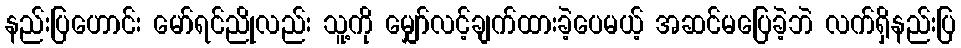
နည်းပြဟောင်း မော်ရင်ညိုလည်း သူ့ကို မျှော်လင့်ချက်ထားခဲ့ပေမယ့် အဆင်မပြေခဲ့ဘဲ လက်ရှိနည်းပြ